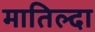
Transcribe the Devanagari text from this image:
मातिल्दा